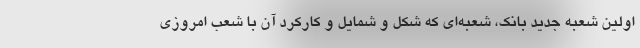
اولین شعبه جدید بانک، شعبه‌ای که شکل و شمایل و کارکرد آن با شعب امروزی